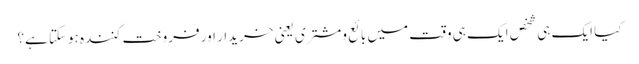
کیا ایک ہی شخص ایک ہی وقت میں بائع ومشتری یعنی خریدار اور فروخت کنندہ ہوسکتا ہے؟